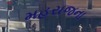
મહરાજના